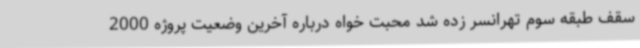
سقف طبقه سوم تهرانسر زده شد محبت خواه درباره آخرین وضعیت پروژه 2000